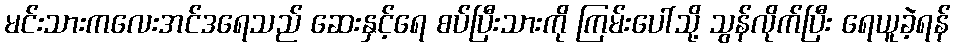
မင်းသားကလေးအင်ဒရေသည် ဆေးနှင့်ရေ စပ်ပြီးသားကို ကြမ်းပေါ်သို့ သွန်လိုက်ပြီး ရေယူခဲ့ရန်